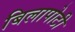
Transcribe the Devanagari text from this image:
बिलापोटी